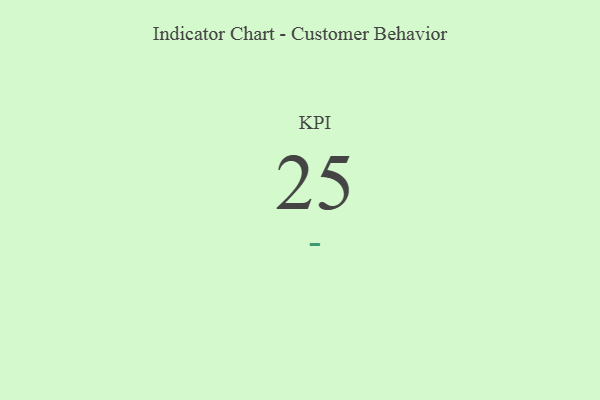
{"axis": {"x": "KPI", "y": "Value"}, "legend": [""], "data": [{"x": "KPI", "y": 25, "type": ""}]}